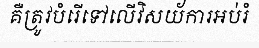
គឺត្រូវបំរើទៅលើវិសយ័ការអប់រំ